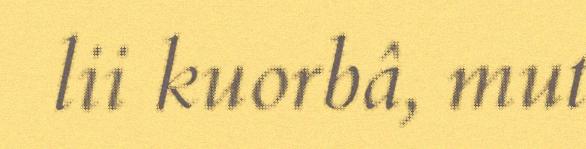
lii kuorbâ, mut